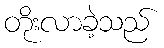
တိုးလာခဲ့သည်